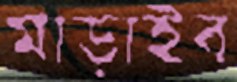
মাড়াইব